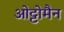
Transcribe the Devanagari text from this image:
ओट्टोमैन